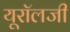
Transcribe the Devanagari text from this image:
यूरॉलजी